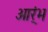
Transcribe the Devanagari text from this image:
आर्ंभ